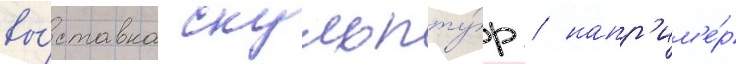
вы́ставка скульпту́р / напр'им'е́р